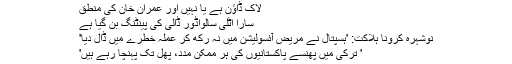
لاک ڈاؤن ہے یا نہیں اور عمران خان کی منطق
سارا اٹلی سالواڈور ڈالی کی پینٹنگ بن گیا ہے
نوشہرہ کرونا ہلاکت: 'ہسپتال نے مریض آئسولیشن میں نہ رکھ کر عملہ خطرے میں ڈال دیا'
' ترکی میں پھنسے پاکستانیوں کی ہر ممکن مدد، پھل تک پہنچا رہے ہیں'